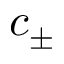
c _ { \pm }